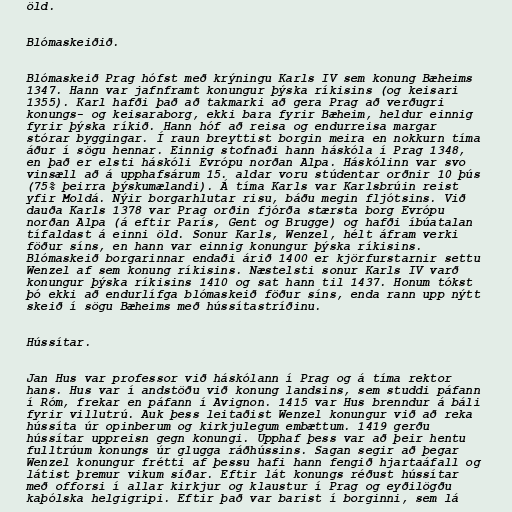
öld.

Blómaskeiðið.

Blómaskeið Prag hófst með krýningu Karls IV sem konung Bæheims
1347. Hann var jafnframt konungur þýska ríkisins (og keisari
1355). Karl hafði það að takmarki að gera Prag að verðugri
konungs- og keisaraborg, ekki bara fyrir Bæheim, heldur einnig
fyrir þýska ríkið. Hann hóf að reisa og endurreisa margar
stórar byggingar. Í raun breyttist borgin meira en nokkurn tíma
áður í sögu hennar. Einnig stofnaði hann háskóla í Prag 1348,
en það er elsti háskóli Evrópu norðan Alpa. Háskólinn var svo
vinsæll að á upphafsárum 15. aldar voru stúdentar orðnir 10 þús
(75% þeirra þýskumælandi). Á tíma Karls var Karlsbrúin reist
yfir Moldá. Nýir borgarhlutar risu, báðu megin fljótsins. Við
dauða Karls 1378 var Prag orðin fjórða stærsta borg Evrópu
norðan Alpa (á eftir París, Gent og Brugge) og hafði íbúatalan
tífaldast á einni öld. Sonur Karls, Wenzel, hélt áfram verki
föður síns, en hann var einnig konungur þýska ríkisins.
Blómaskeið borgarinnar endaði árið 1400 er kjörfurstarnir settu
Wenzel af sem konung ríkisins. Næstelsti sonur Karls IV varð
konungur þýska ríkisins 1410 og sat hann til 1437. Honum tókst
þó ekki að endurlífga blómaskeið föður síns, enda rann upp nýtt
skeið í sögu Bæheims með hússítastríðinu.

Hússítar.

Jan Hus var professor við háskólann í Prag og á tíma rektor
hans. Hus var í andstöðu við konung landsins, sem studdi páfann
í Róm, frekar en páfann í Avignon. 1415 var Hus brenndur á báli
fyrir villutrú. Auk þess leitaðist Wenzel konungur við að reka
hússíta úr opinberum og kirkjulegum embættum. 1419 gerðu
hússítar uppreisn gegn konungi. Upphaf þess var að þeir hentu
fulltrúum konungs úr glugga ráðhússins. Sagan segir að þegar
Wenzel konungur frétti af þessu hafi hann fengið hjartaáfall og
látist þremur vikum síðar. Eftir lát konungs réðust hússítar
með offorsi í allar kirkjur og klaustur í Prag og eyðilögðu
kaþólska helgigripi. Eftir það var barist í borginni, sem lá